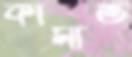
কামার্ত